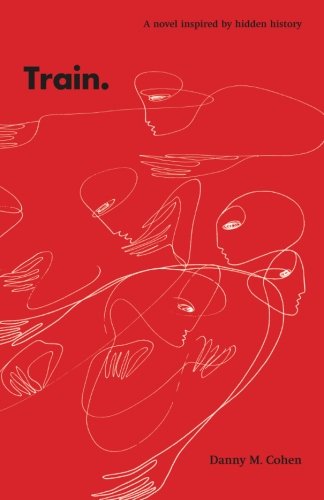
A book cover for Train; Danny M. Cohen; Teen & Young Adult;